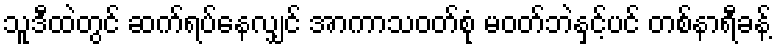
သူဒီထဲတွင် ဆက်ရပ်နေလျှင် အာကာသဝတ်စုံ မဝတ်ဘဲနှင့်ပင် တစ်နာရီခန့်